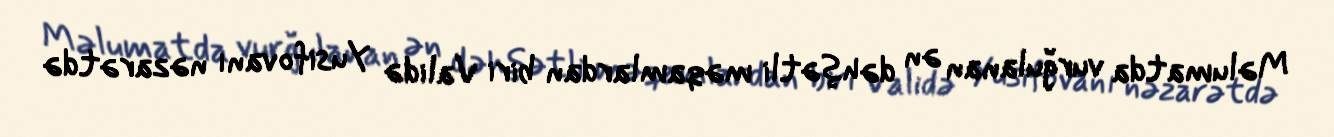
Məlumatda vurğulanan ən dəhşətli məqamlardan biri Validə Yusifovanı nəzarətdə